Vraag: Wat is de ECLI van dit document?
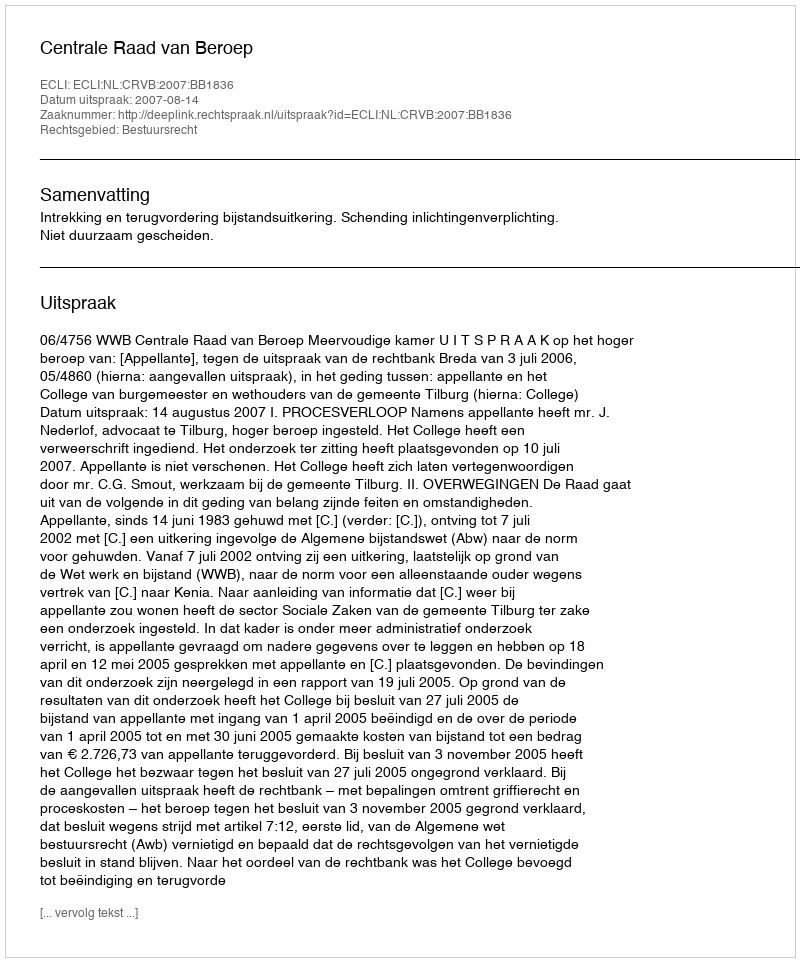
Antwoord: ECLI:NL:CRVB:2007:BB1836